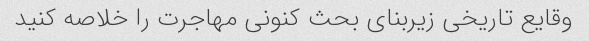
وقایع تاریخی زیربنای بحث کنونی مهاجرت را خلاصه کنید